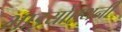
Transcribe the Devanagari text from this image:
भाइयोंएंथनी